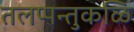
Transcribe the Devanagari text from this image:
तलप्पन्तुकळि